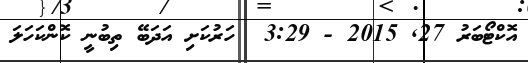
އޮކްޓޯބަރު 27